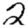
Digit: 2